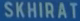
SKHIRAT